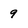
Character: 9